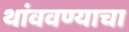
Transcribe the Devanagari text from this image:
थांववण्याचा